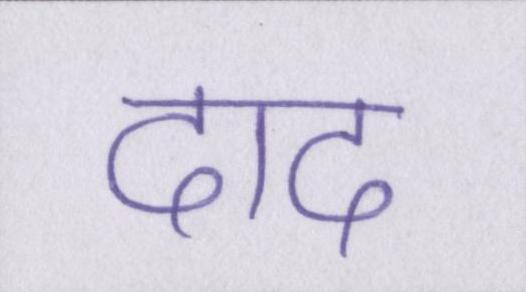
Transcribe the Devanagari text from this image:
दाद